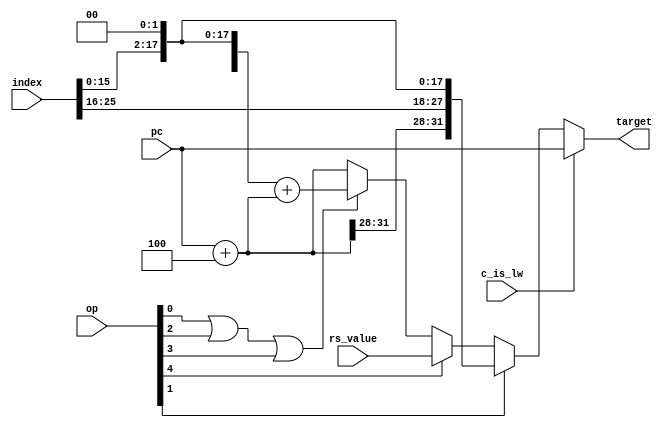
`timescale 1ns / 1ps
//////////////////////////////////////////////////////////////////////////////////
// Company: 
// Engineer: 
// 
// Design Name: 
// Module Name: bru
// Project Name: 
// Target Devices: 
// Tool Versions: 
// Description: 
// 
// Dependencies: 
// 
// Revision:
// Revision 0.01 - File Created
// Additional Comments:
// 
//////////////////////////////////////////////////////////////////////////////////


module bru(
    input         c_is_lw,       
    input  [ 4:0] op,
    input  [31:0] rs_value,
    input  [25:0] index,
    input  [31:0] pc,
    output [31:0] target
    );
    
    wire        is_j;
    wire        is_jr;
    wire        is_beq;
    wire        is_bne;
    wire        is_bltz;
    wire        src_is_eq;
    wire [31:0] offset;
    wire [31:0] bds;
    
    assign bds        = pc + 3'h4;
    assign offset     = {{14{index[15]}}, index[15:0], 2'b0};  
    assign is_beq     = op[0];
    assign is_j       = op[1];
    assign is_bne     = op[2];
    assign is_bltz    = op[3];
    assign is_jr      = op[4];
    assign target     = c_is_lw ? pc : is_j ? {bds[31:28],index,2'b00} : is_jr ? rs_value : 
                        ((is_beq) | (is_bne) | (is_bltz)) ? (offset + bds) : (bds);
endmodule